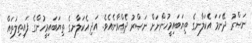
ނަޞްރު ދޭނަމަ އެކަލާނގެ ތިޔަބައިމީހުންނަށް ނަޞްރު ދެއްވާނެއެވެ. އަދި އެކަލާނގެ ތިޔަބައިމީހުންގެ ފައިތިލަތައް